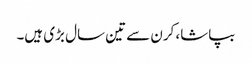
بپاشا، کرن سے تین سال بڑی ہیں۔